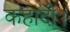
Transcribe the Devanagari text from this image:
कहादी।